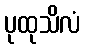
ပုထုသိလံ